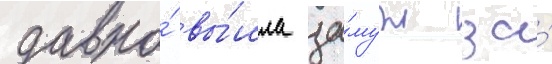
давно́ вы́шла за́муж за́